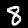
Label: 8